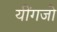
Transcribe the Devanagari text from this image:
यींगजो